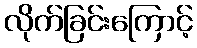
လိုက်ခြင်းကြောင့်